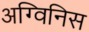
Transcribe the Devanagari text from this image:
अग्विनिस